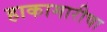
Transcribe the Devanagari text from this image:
हाकामारीचा